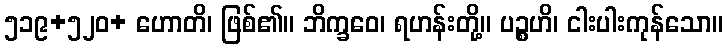
၅၁၉+၅၂၀+ ဟောတိ၊ ဖြစ်၏။ ဘိက္ခဝေ၊ ရဟန်းတို့။ ပဉ္စဟိ၊ ငါးပါးကုန်သော။